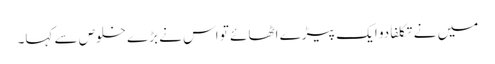
میں نے تکلفاً دو ایک پیڑے اٹھائے تو اس نے بڑے خلوص سے کہا۔